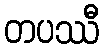
တပဿီ